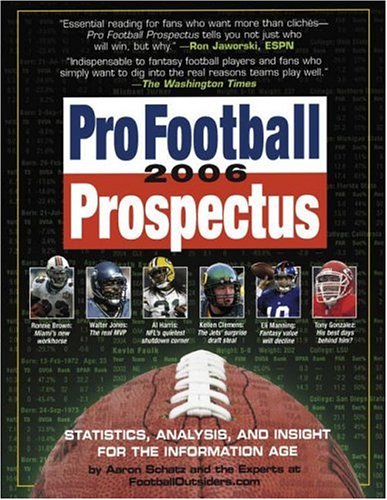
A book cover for Pro Football Prospectus 2006: Statistics, Analysis, and Insight for the Information Age; Aaron Schatz; Humor & Entertainment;